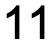
11